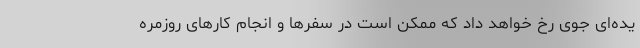
یده‌ای جوی رخ خواهد داد که ممکن است در سفرها و انجام کارهای روزمره